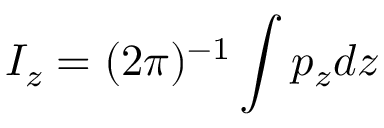
I _ { z } = ( 2 \pi ) ^ { - 1 } \int p _ { z } d z